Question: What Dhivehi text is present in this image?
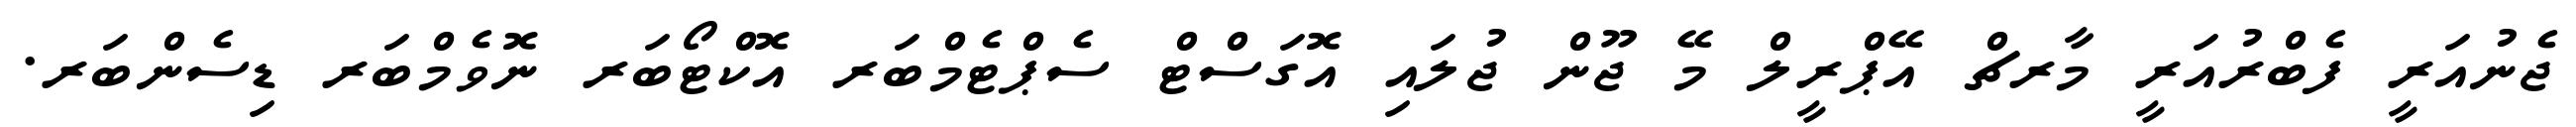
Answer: ޖެނުއަރީ ފެބްރުއަރީ މާރޗް އޭޕްރީލް މޭ ޖޫން ޖުލައި އޮގަސްޓް ސެޕްޓެމްބަރ އޮކްޓޯބަރ ނޮވެމްބަރ ޑިސެންބަރ.